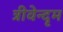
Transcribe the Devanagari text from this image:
त्रीवेन्दृम